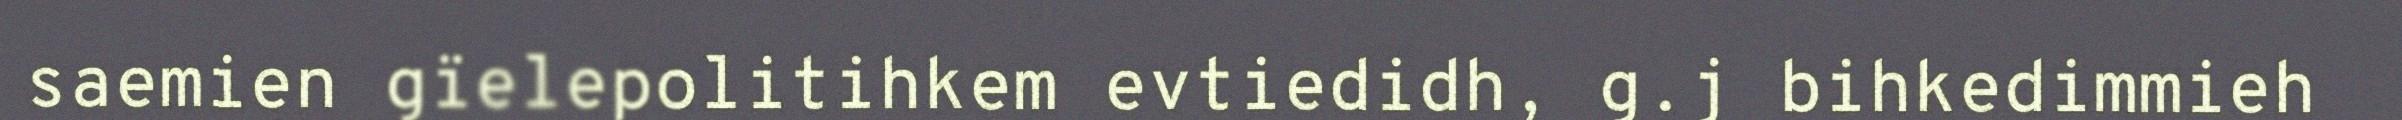
saemien gïelepolitihkem evtiedidh, g.j bihkedimmieh